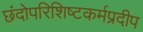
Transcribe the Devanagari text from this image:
छंदोपरिशिष्टकर्मप्रदीप